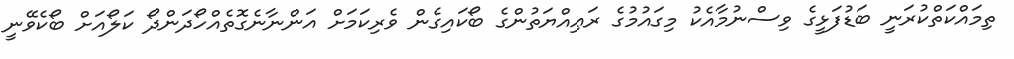
ތިމަައްކަތްކުރަނީ ބަޑުފަޅީގެ ވިސްނުމާއެކު މިގައުމުގެ ރަޢިއްޔަތުންގެ ބޯކައިގެން ވެރިކަމަށް އަންނާނެގޮތެއްހޯދަންދޯ ކަލޯއަށް ބޯކެވޭނީ